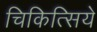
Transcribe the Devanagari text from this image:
चिकित्सिये